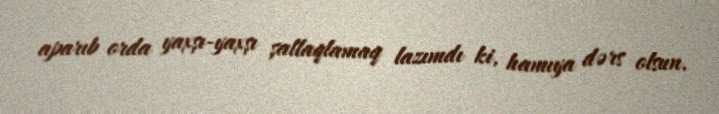
aparıb orda yaxşı-yaxşı şallaqlamaq lazımdı ki, hamıya dərs olsun.